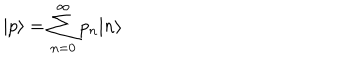
LaTeX: | p \rangle = \sum _ { n = 0 } ^ { \infty } p _ { n } | n \rangle